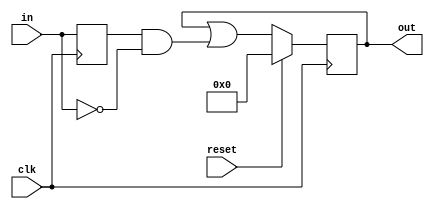
module top_module (
    input clk,
    input reset,
    input [31:0] in,
    output [31:0] out
);
    
    reg [31:0] temp;
    
    always @(posedge clk) begin
        temp <= in;
        if(reset)
            out <= 0;
    	else
            out <= out | temp & ~in;
    end

endmodule